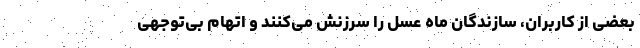
بعضی‌ از کاربران، سازندگان ماه عسل را سرزنش می‌کنند و اتهام بی‌توجهی